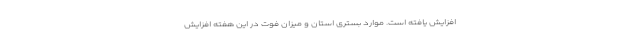
افزایش یافته است. موارد بستری استان و میزان فوت در این هفته افزایش